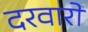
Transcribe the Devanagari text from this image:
दरवारों